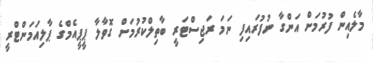
މާލެއިން ފުރުމަށް އަންގާ ނުފުރައިފި ނަމަ ރަޖިސްޓަރީ ބާތިލްކުރުމަށް ގޮވާލާ ޕީޕީއެމްގެ ޕާލިއަމަންޓްރީ